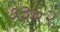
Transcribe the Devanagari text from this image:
७३०२